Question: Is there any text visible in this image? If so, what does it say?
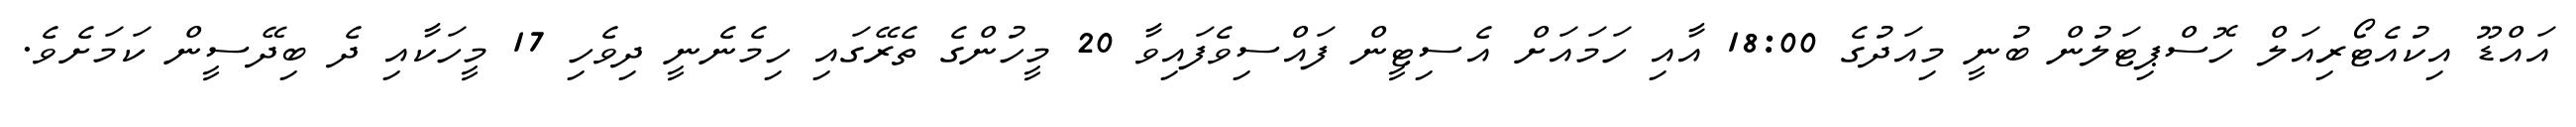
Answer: އައްޑޫ އިކުއެޓޯރިއަލް ހޮސްޕިޓަލުން ބުނީ މިއަދުގެ 18:00 އާއި ހަމައަށް އެސިޓީން ފައްސިވެފައިވާ 20 މީހުންގެ ތެރޭގައި ހިމެނެނީ ދިވެހި 17 މީހަކާއި ދެ ބިދޭސީން ކަމަށެވެ.